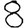
Digit: 8